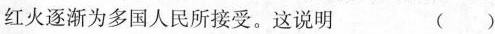
红火逐渐为多国人民所接受。这说明 ()